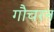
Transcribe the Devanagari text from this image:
गौचरन